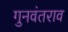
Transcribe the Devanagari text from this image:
गुनवंतराव